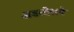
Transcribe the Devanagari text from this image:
अडतीसवे